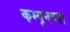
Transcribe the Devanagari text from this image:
कम्यूनच्या